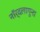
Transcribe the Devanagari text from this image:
नॉर्दलागूना